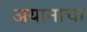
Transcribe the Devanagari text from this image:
अयानाचा